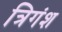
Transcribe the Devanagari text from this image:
त्रिगंश